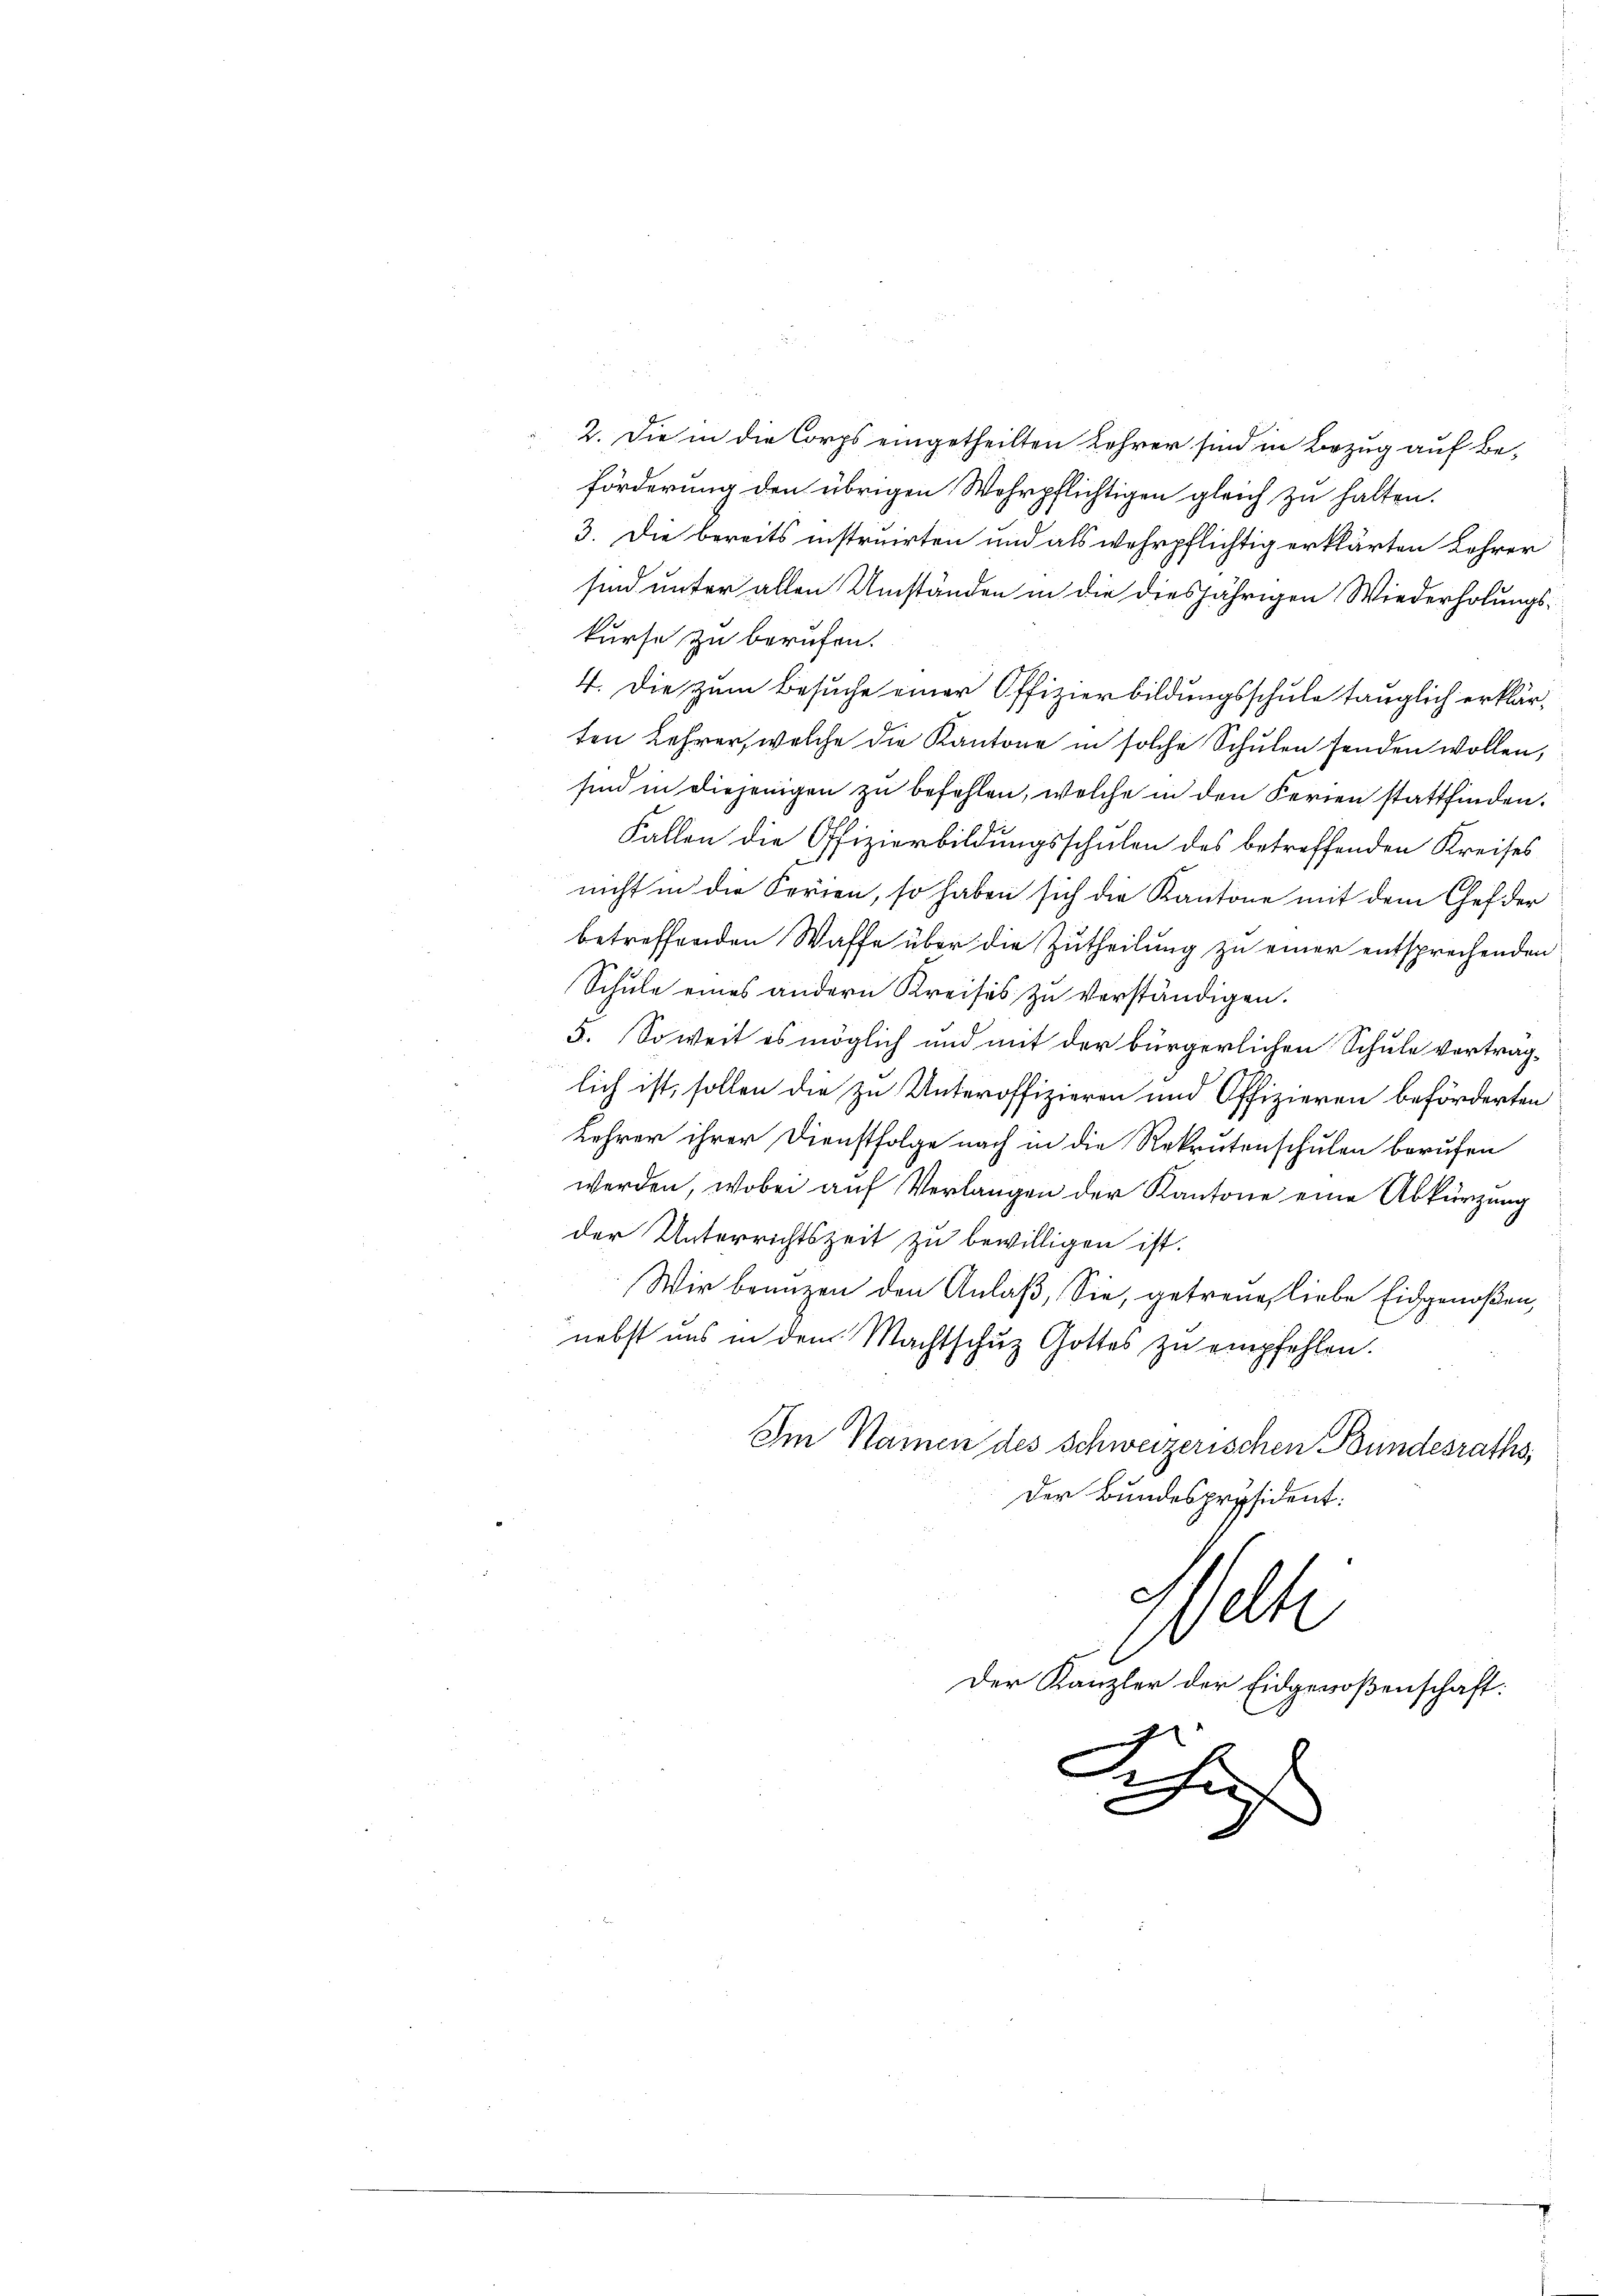
2. Die in die Corps eingetheilten Lehrer sind in Bezug auf Be-
förderung den übrigen Wehrpflichtigen gleich zu halten.
3. Die bereits instruirten und als wehrpflichtig erklärten Lehrer
sind unter allen Umständen in die diesjährigen Wiederholungs-
kurse zu berufen.
4. Die zum Besuche einer Offizierbildungsschule tauglich erklärten Lehrer, welche die Kantone in solche Schulen fanden wollen,
sind in diejenigen zu befehlen, welche in den Ferien stattfinden.
Fallen die Offizierbildungsschulen des betreffenden Kreises
nicht in die Ferien, so haben sich die Kantone mit dem Chef der
betreffenden Waffe über die Zutheilung zu einer entsprechenden
Schule eines andern Kreises zu verständigen.
5. Soweit es möglich und mit der bürgerlichen Schule vertraglich ist, sollen die zu Unteroffizieren und Offizieren beförderten
Lehrer ihrer Dienstfolge nach in die Rekrutenschulen berufen
werden, wobei auf Verlangen der Kantone eine Abkürzung
der Unterrichtszeit zu bewilligen ist.
Wir branzen den Anlaß, Sie, getreue, liebe Eidgenoßen,
nebst uns in dem Machtschuz Gottes zu empfehlen.
Im Namen des Schweizerischen Bundesraths¬
Der Bundespräsident:
elte
Der Kanzler der Eidgenoßenschaft:
n
Schaf